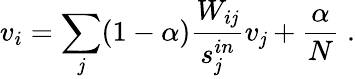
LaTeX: v_{i}=\sum_{\mathit{j}}(1-\alpha)\frac{{W_{i\mathit{j}}}}{{s_{\mathit{j}}^{in}}}v_{\mathit{j}}+\frac{{\alpha}}{{N}}\; .